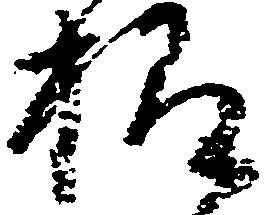
様